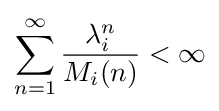
\sum _{n=1}^{\infty }{\frac {\lambda _{i}^{n}}{M_{i}(n)}}<\infty